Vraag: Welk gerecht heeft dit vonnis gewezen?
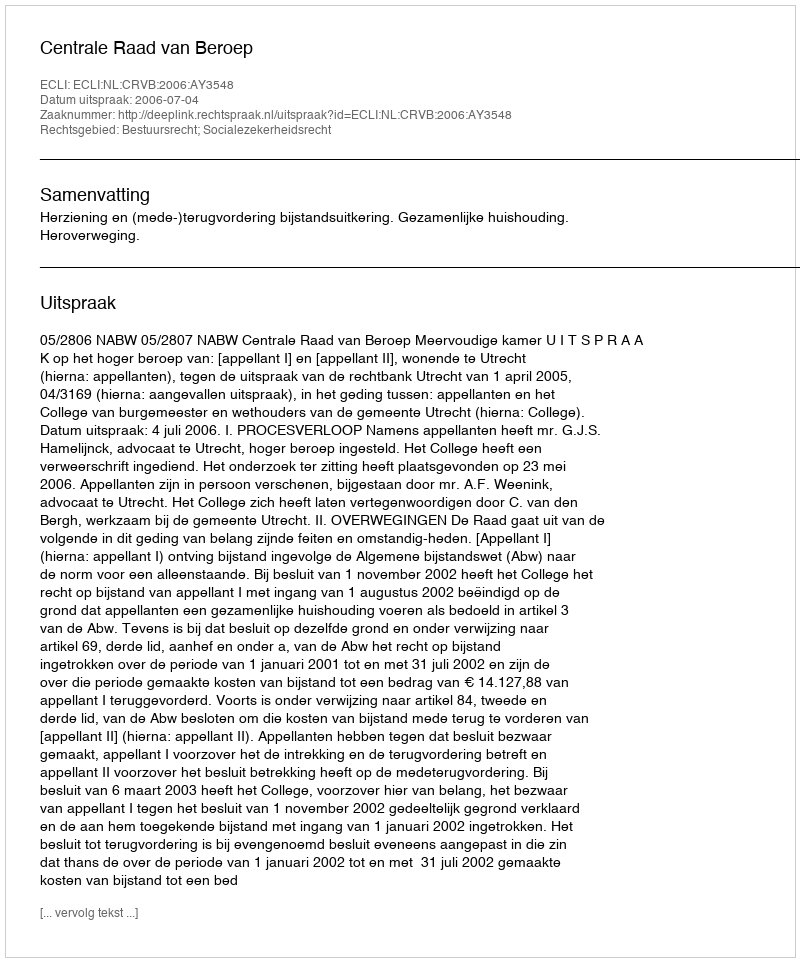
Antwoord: Centrale Raad van Beroep